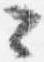
々